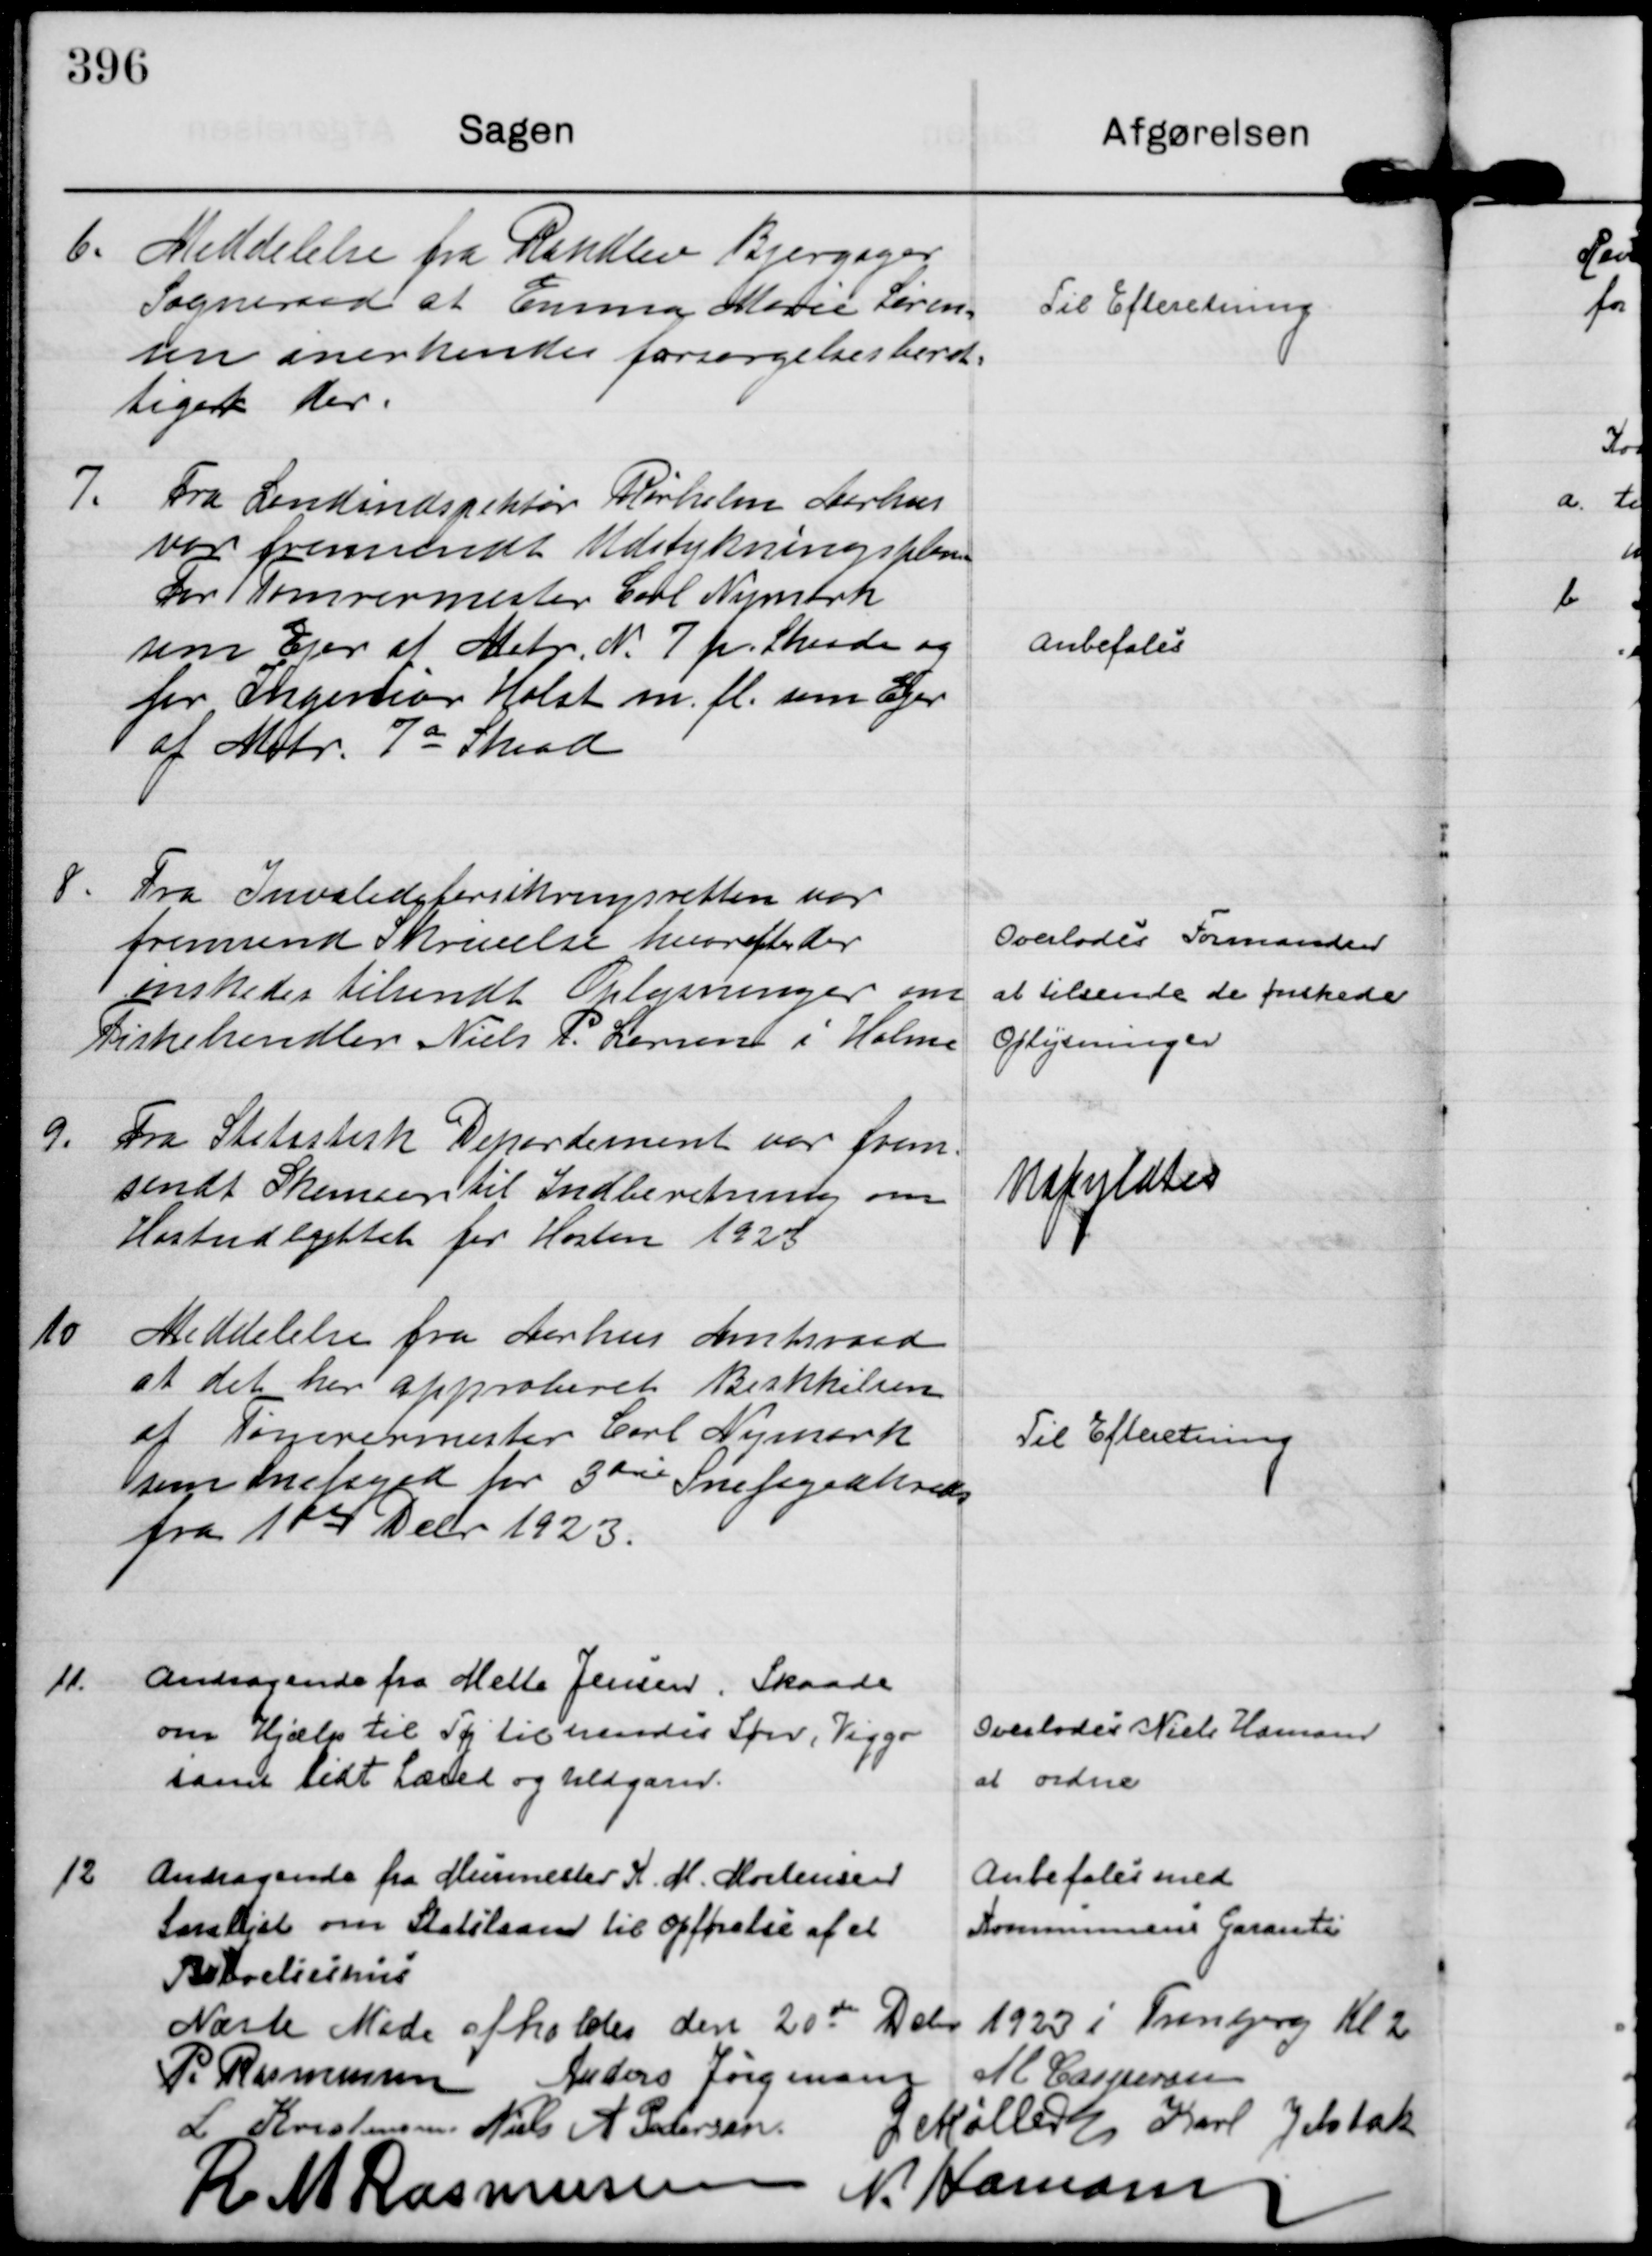
Transskription:
6.
Meddelelse fra Randlev Bjergager
Sogneraad at Emma Marie Søren=
sen anerkendes forsørgelsesberet=
tiget der.

Til Efteretning

7.
Fra Landindspektør Rørholm Aarhus 
var fremsendt Udstykningsplan
for Tømrermester Carl Nymark
som Ejer af Matr. N. 7 p. Skaade og
for Ingeniør Holst m. fl. som Ejer
af Matr. 7 a Skaad

Anbefales

8.
Fra Invalideforsikringsretten var
fremsendt Skrivelse hvorefter der
ønskedes tilsendt Oplysninger om 
Fiskehandler Niels P. Larsen i Holme

Overlodes Formanden
at tilsende de ønskede
Oplysninger

9.
Fra Statistisk Departement var frem=
sendt Skemaer til Indberetning om
Høstudbyttet for Høsten 1923

Udfyldtes

10
Meddelelse fra Aarhus Amtsraad
at det har approberet Beskkilsen
af Tømrermester Carl Nymark
som Snefoged for 3 die Snefogedkreds
fra 1 ste Debr 1923.

Til Efteretning

11.
Andragende fra Mette Jensen, Skaade
om Hjælp til Tøj til hendes Søn, Viggo
samt lidt Læred og Uldgarn.

Overlodes Niels Hamann
at ordne

12
Andragende fra Murmester K. M. Mortensen
Saralyst om Statslaan til Opførelse af et
Beboelseshus

Anbefales med
Kommunens Garanti

Næste Møde afholdes den 20 de Dcbr 1923 i Tranbjerg Kl 2
P. Rasmussen
Anders Jørgensen
M Caspersen
L Kristensen
Niels A Pedersen.
G Møller
Karl Jelsbak
R M Rasmussen
N. Hamann